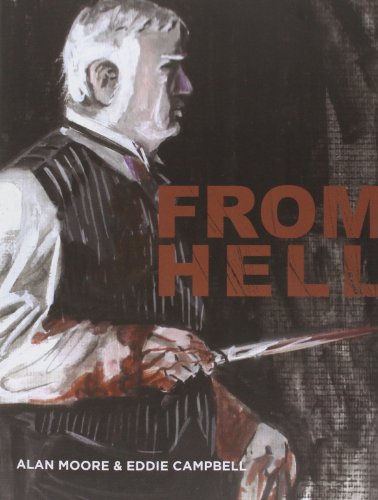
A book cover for From Hell; Alan Moore; Comics & Graphic Novels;